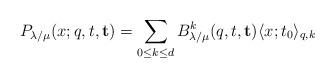
LaTeX: \begin{align*}P_{\lambda/\mu}(x; q ,t ,\mathbf{t})=\sum_{0\leq k\leq d} B_{\lambda /\mu}^k (q,t,\mathbf{t})\langle x; t_0\rangle_{q,k}\end{align*}